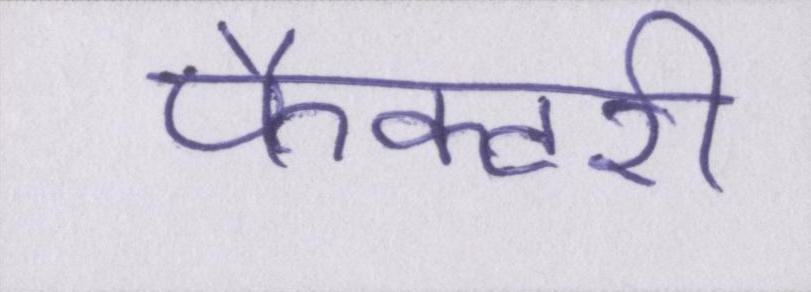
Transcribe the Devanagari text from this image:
फैक्टरी